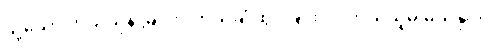
သို့သော် ဘယ်ယုန် မြင်လို့ ဘယ်ချုံထွင်ခြင်းလဲ၊ ဘယ်သူမှ မသိနိုင်။